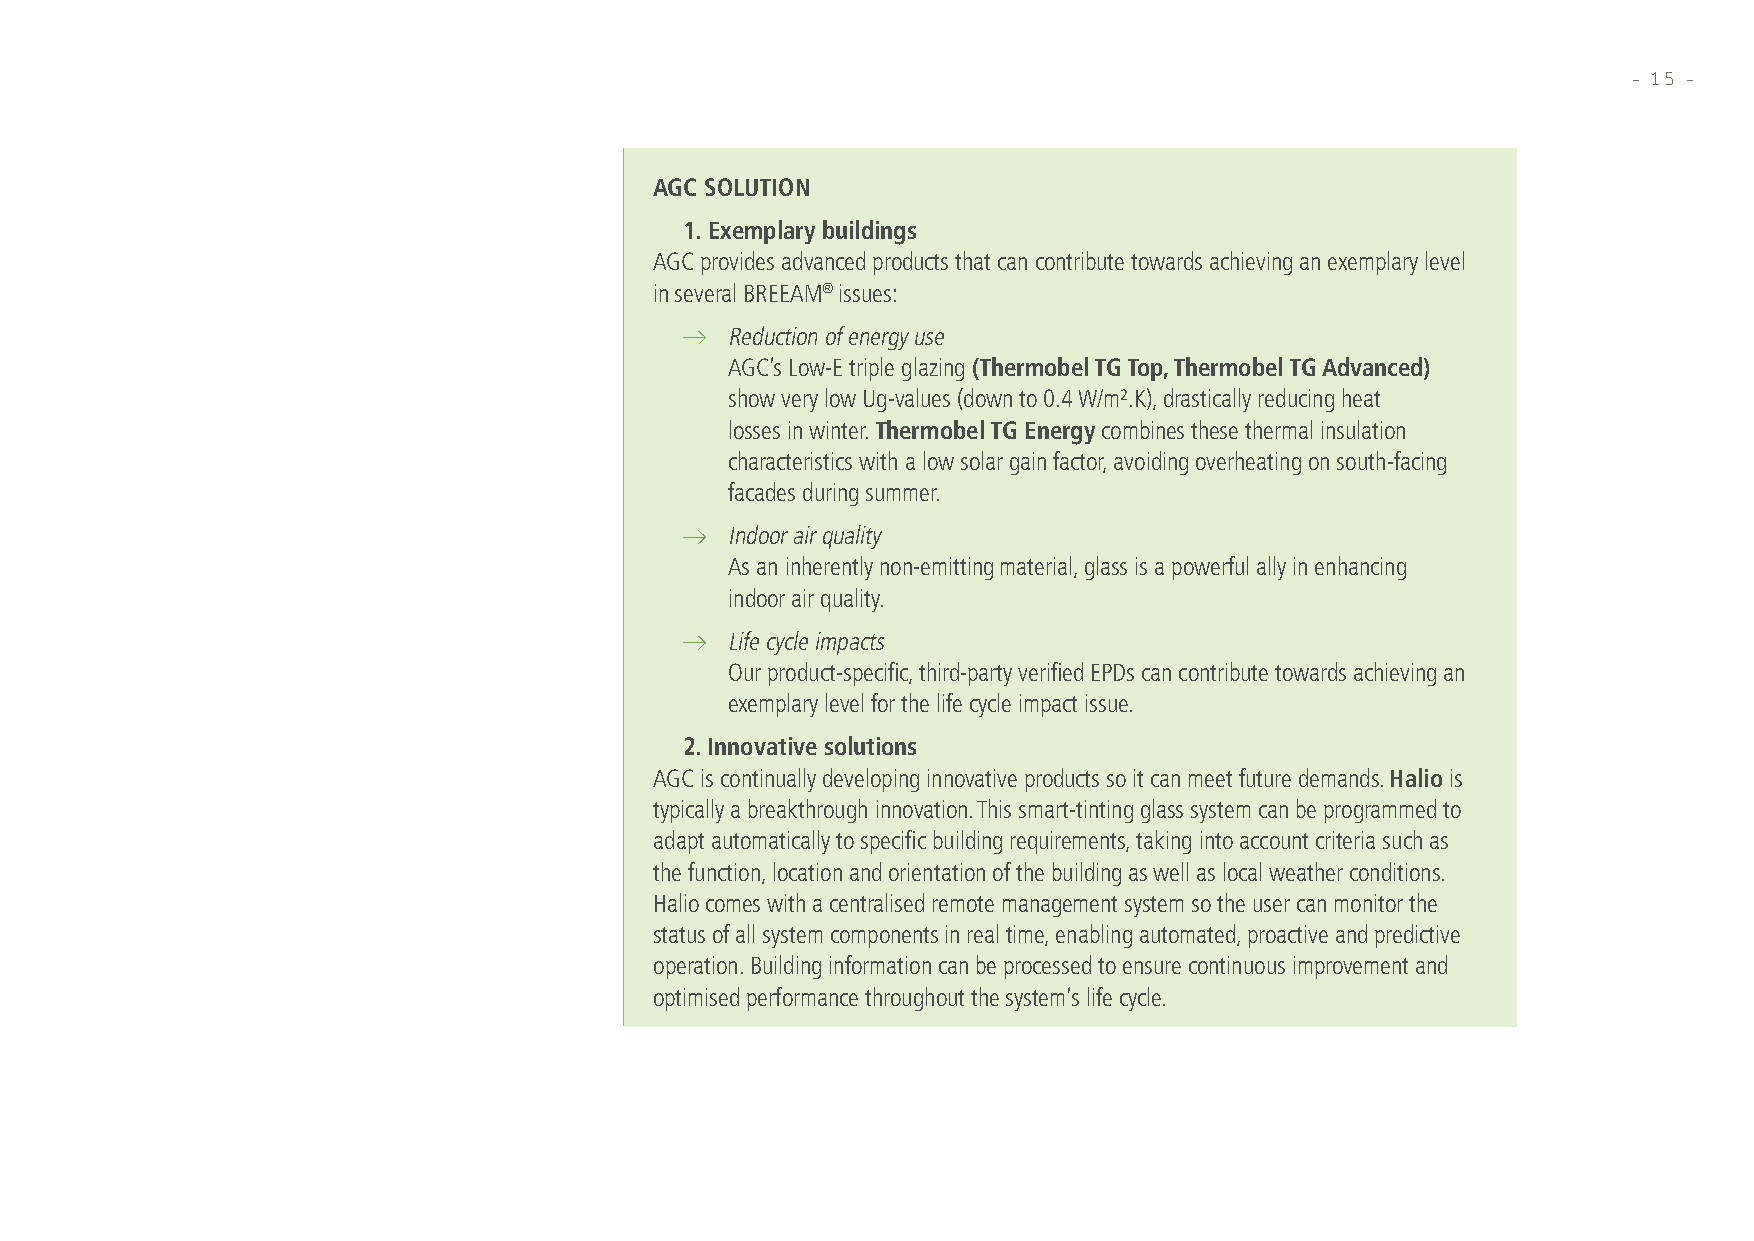
– 15 –
 AGC SOLUTION
 1. Exemplary buildings
 AGC provides advanced products that can contribute towards achieving an exemplary level
 in several BREEAM® issues:
 R eduction of energy use
 AGC’s Low-E triple glazing (Thermobel TG Top, Thermobel TG Advanced)
 show very low Ug-values (down to 0.4 W/m².K), drastically reducing heat
 losses in winter. Thermobel TG Energy combines these thermal insulation
 characteristics with a low solar gain factor, avoiding overheating on south-facing
 facades during summer.
 I ndoor air quality
 As an inherently non-emitting material, glass is a powerful ally in enhancing
 indoor air quality.
 L ife cycle impacts
 Our product-specific, third-party verified EPDs can contribute towards achieving an
 exemplary level for the life cycle impact issue.
 2. Innovative solutions
 AGC is continually developing innovative products so it can meet future demands. Halio is
 typically a breakthrough innovation. This smart-tinting glass system can be programmed to
 adapt automatically to specific building requirements, taking into account criteria such as
 the function, location and orientation of the building as well as local weather conditions.
 Halio comes with a centralised remote management system so the user can monitor the
 status of all system components in real time, enabling automated, proactive and predictive
 operation. Building information can be processed to ensure continuous improvement and
 optimised performance throughout the system’s life cycle.